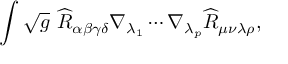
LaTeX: \int \sqrt { g } ~ \widehat { R } _ { \alpha \beta \gamma \delta } \nabla _ { \lambda _ { 1 } } \cdots \nabla _ { \lambda _ { p } } \widehat { R } _ { \mu \nu \lambda \rho } ,